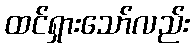
ထင်ရှားသော်လည်း